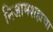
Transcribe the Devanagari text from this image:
निजामशहाचा